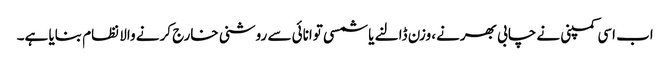
اب اسی کمپنی نے چابی بھرنے، وزن ڈالنے یا شمسی توانائی سے روشنی خارج کرنے والا نظام بنایا ہے۔